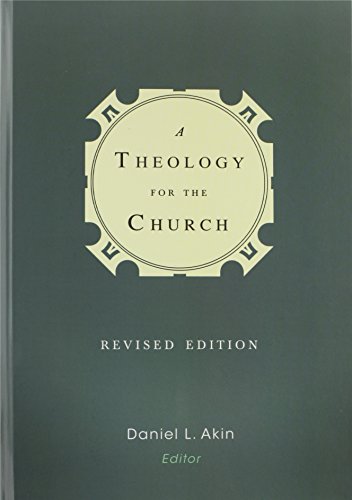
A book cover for A Theology for the Church; Christian Books & Bibles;